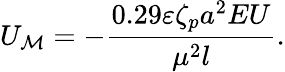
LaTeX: U_{\mathcal{M}}=-\frac{{0.29\varepsilon\zeta_{p}a^{2}EU}}{{\mu^{2}l}}.